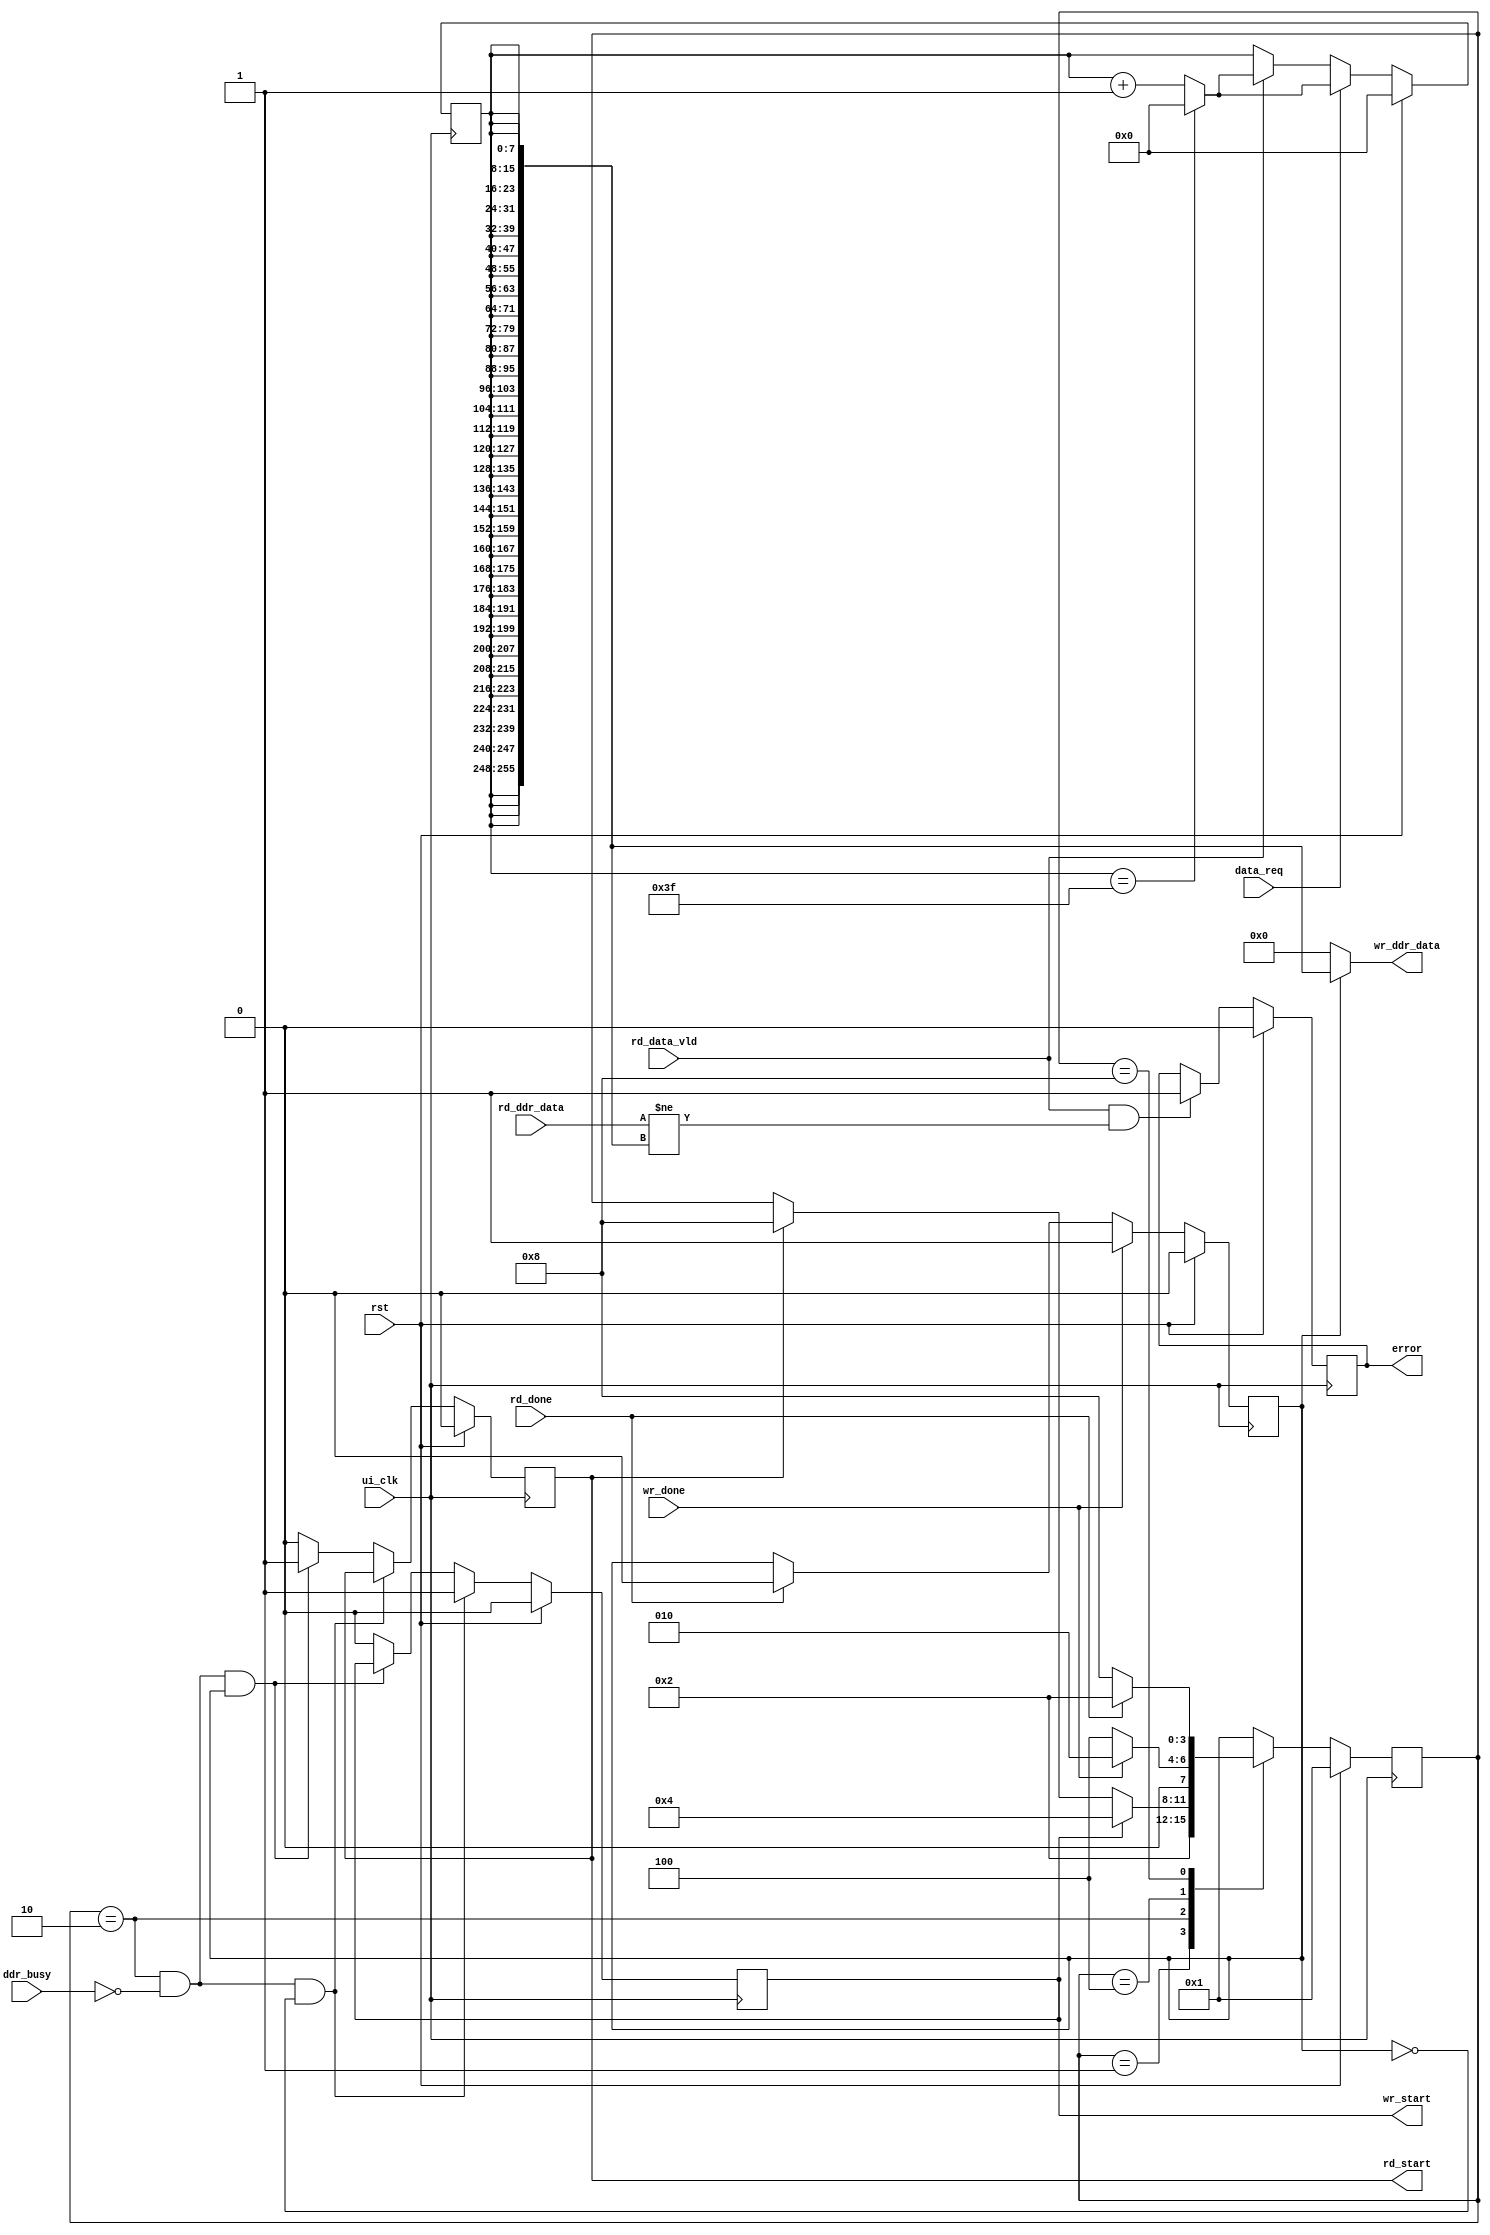
module gen_test_data(
    input  wire         ui_clk,
    input  wire         rst,
    input  wire         ddr_busy,

    output wire         wr_start,
    input  wire         data_req,
    output wire [255:0] wr_ddr_data,
    input  wire         wr_done,

    output wire         rd_start,
    input  wire         rd_data_vld,
    input  wire [255:0] rd_ddr_data,
    input  wire         rd_done,

    output wire         error
);
//parameter define
parameter IDLE    = 4'b0001;
parameter ARBIT   = 4'b0010;
parameter WRITE   = 4'b0100;
parameter READ    = 4'b1000;

parameter CNT_MAX = 64-1;
//internal signal
reg [3:0] state;
reg [7:0] cnt_data;
reg       wr_start_r;
reg       rd_start_r;
reg       error_r;
reg       wr_rd_flag;

assign wr_ddr_data = (wr_rd_flag)?{32{cnt_data}}:256'd0;
assign wr_start    = wr_start_r;
assign rd_start    = rd_start_r;
assign error       = error_r;
//state machine
always @(posedge ui_clk)begin
    if(rst == 1'b1)begin
        state <= IDLE;
    end
    else begin
        case(state)
            IDLE:begin
                state <= ARBIT;
            end
            ARBIT:begin
                if(wr_start_r)
                    state <= WRITE;
                else if(rd_start_r)
                    state <= READ;
            end
            WRITE:begin
                if(wr_done)
                    state <= ARBIT;
                else
                    state <= WRITE;
            end
            READ:begin
                if(rd_done)
                    state <= ARBIT;
                else
                    state <= READ;
            end
            default:begin
                state <= IDLE;
            end
        endcase
    end
end
//wr_rd_flag
always @(posedge ui_clk)begin
    if(rst)begin
        wr_rd_flag <= 1'b0;
    end
    else if(wr_done)begin
        wr_rd_flag <= 1'b1;
    end
    else if(rd_done)begin
        wr_rd_flag <= 1'b0;
    end
end
//wr_start_r,rd_start_r
always @(posedge ui_clk)begin
    if(rst)begin
        wr_start_r <= 1'b0;
        rd_start_r <= 1'b0;
    end
    else if(state==ARBIT && !ddr_busy && !wr_rd_flag)begin
        wr_start_r <= 1'b1;
    end
    else if(state==ARBIT && !ddr_busy && wr_rd_flag)begin
        rd_start_r <= 1'b1;
    end
    else begin
        rd_start_r <= 1'b0;
        wr_start_r <= 1'b0;
    end
end
//cnt_data
always @(posedge ui_clk)begin
    if(rst)begin
        cnt_data <= 'd0;
    end
    else if(data_req)begin
        if(cnt_data==CNT_MAX)
            cnt_data <= 'd0;
        else 
            cnt_data <= cnt_data + 1'b1;
    end
    else if(rd_data_vld)begin
        if(cnt_data==CNT_MAX)
            cnt_data <= 'd0;
        else 
            cnt_data <= cnt_data + 1'b1;
    end
end
//error
always @(posedge ui_clk)begin
    if(rst)begin
        error_r <= 1'b0;
    end
    else if(rd_data_vld && (rd_ddr_data !={32{cnt_data}}))begin
            error_r <= 1'b1;
    end
end

endmodule